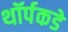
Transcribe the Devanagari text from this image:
थॉर्पकडे